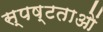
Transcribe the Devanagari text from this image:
स्पष्टताओं